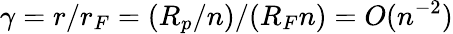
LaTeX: \gamma=r/r_{F}=(R_{p}/n)/(R_{F}n)=O(n^{-2})